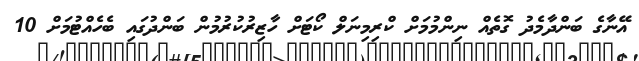
އޭނާގެ ބަންދާމެދު ގޮތެއް ނިންމުމަށް ކްރިމިނަލް ކޯޓަށް ހާޒިރުކުރުމުން ބަންދުގައި ބެހެއްޓުމަށް 10